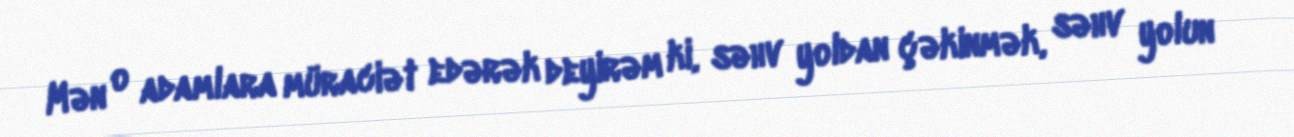
Mən o adamlara müraciət edərək deyirəm ki, səhv yoldan çəkinmək, səhv yolun